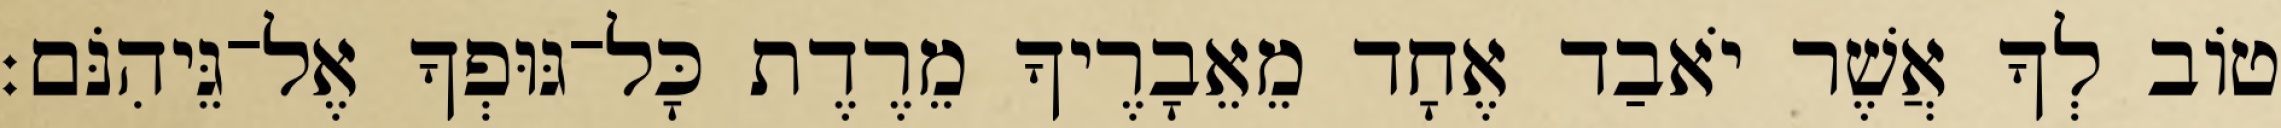
טוֹב לְךָ אֲשֶׁר יֹאבַד אֶחָד מֵאֵבָרֶיךָ מֵרֶדֶת כָּל־גּוּפְךָ אֶל־גֵּיהִנֹּם׃